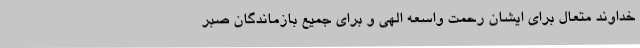
خداوند متعال برای ایشان رحمت واسعه الهی و برای جمیع بازماندگان صبر